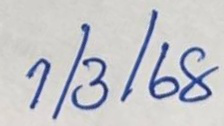
1/3/68